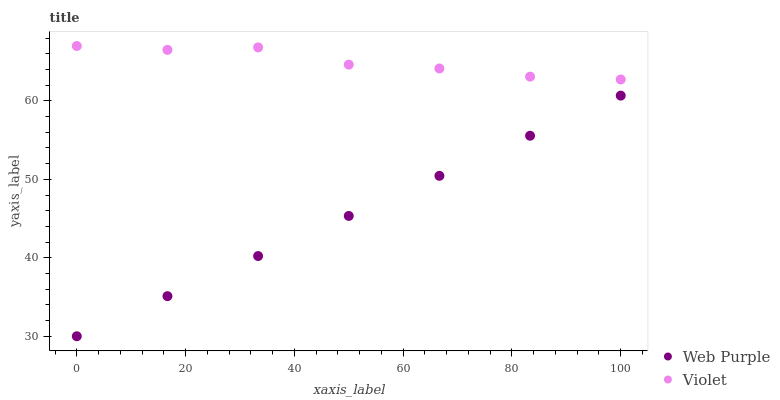
| xaxis_label | Web Purple | Violet |
 | --- | --- | --- |
 | 0 | 30 | 67 |
 | 16.7 | 35.1 | 66.5 |
 | 33.3 | 40.2 | 66.8 |
 | 50 | 45.3 | 64.6 |
 | 66.7 | 50.5 | 64.1 |
 | 83.3 | 55.6 | 63.1 |
 | 100 | 60.7 | 62.7 |